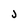
Character: j